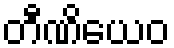
တီဏိယေဝ